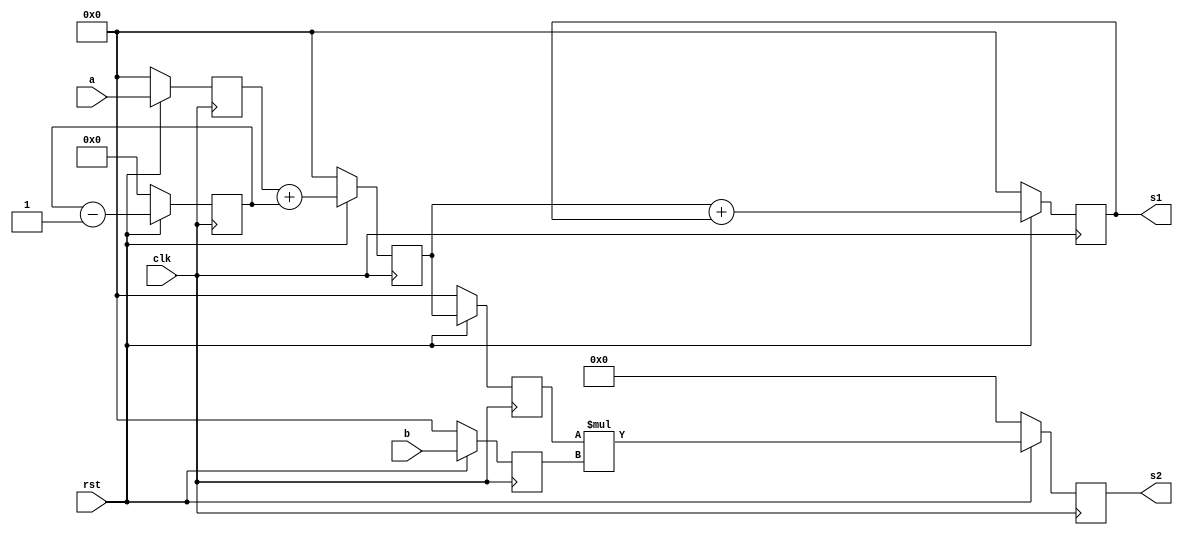
/**********
*
**********/
module Assignment2(input [7:0] a, b, input clk, rst, output  [7:0]  s1, output [15:0] s2);

reg [7:0] R_8bits1, R_8bits2, R_Pass1, R_Pass2, A_Res;
reg [15:0] R_16bits;
reg [5:0] count;


always @( posedge clk ) 
if(!rst) begin
	R_8bits1 <= 0;
	count <= 0;
	R_8bits2 <= 0;
	R_Pass1 <= 0;
	end
else	begin
	R_8bits1 <= a;
	count <= count - 1;
	R_8bits2 <= b;
	R_Pass1 <= R_8bits1 + {2'b00,count};
	end

assign s1 = A_Res;
assign s2 = R_16bits;

always @( posedge clk )

if(!rst)begin
	A_Res <= 0;
	end

else	begin
	A_Res <= R_Pass1 + A_Res;
	end

always @( posedge clk )

if(!rst)begin
	
	R_Pass2 <= 0;
	R_16bits <= 0;
	
	end
else	begin
	R_Pass2 <= R_Pass1;
	R_16bits <= R_Pass2 * R_8bits2;
	end
endmodule

module Assignment_ju;

reg [7:0] a, b;
wire [7:0] s1;
wire [15:0] s2;
reg rst, clk;

Assignment2 A1(.a(a), .b(b), .clk(clk), .rst(rst), .s1(s1), .s2(s2));

initial
	begin
	a = 5;
	b = 7;
	clk = 0;
	rst = 0;
	#10 rst = 1;
	# 930 $strobe("#940  s1 = %h, s2 = %h", s1, s2);
	#60 $stop;
	end

always #5 clk = ~clk;

endmodule